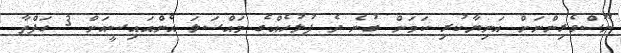
ނޫސްވެރިންނަށް އަނިޔާކުރި ކަމަށް ބުނެ ދެ ފުލުހެއްގެ މައްސަލަ އެންއައިސީއަށް 3 ހަފްތާ